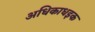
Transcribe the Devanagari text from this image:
अधिकाधइक